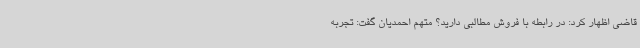
قاضی اظهار کرد: در رابطه با فروش مطالبی دارید؟ متهم احمدیان گفت: تجربه